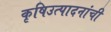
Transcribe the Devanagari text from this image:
कृषिउत्पादनांची